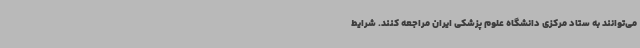
می‌توانند به ستاد مرکزی دانشگاه علوم پزشکی ایران مراجعه کنند. شرایط